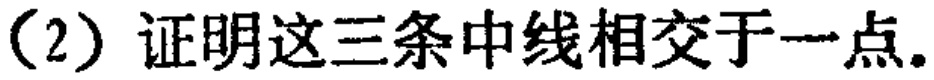
(2) 证明这三条中线相交于一点。